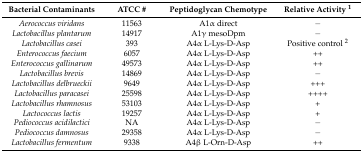
<table><thead><tr><td><b>Bacterial Contaminants</b></td><td><b>ATCC #</b></td><td><b>Peptidoglycan Chemotype</b></td><td><b>Relative Activity <sup>1</sup></b></td></tr></thead><tbody><tr><td><i>Aerococcus viridans</i></td><td>11563</td><td>A1α direct</td><td>−</td></tr><tr><td><i>Lactobacillus plantarum</i></td><td>14917</td><td>A1γ mesoDpm</td><td>−</td></tr><tr><td><i>Lactobacillus casei</i></td><td>393</td><td>A4α L-Lys-D-Asp</td><td>Positive control <sup>2</sup></td></tr><tr><td><i>Enterococcus faecium</i></td><td>6057</td><td>A4α L-Lys-D-Asp</td><td>++</td></tr><tr><td><i>Enterococcus gallinarum</i></td><td>49573</td><td>A4α L-Lys-D-Asp</td><td>++</td></tr><tr><td><i>Lactobacillus brevis</i></td><td>14869</td><td>A4α L-Lys-D-Asp</td><td>−</td></tr><tr><td><i>Lactobacillus delbrueckii</i></td><td>9649</td><td>A4α L-Lys-D-Asp</td><td>+++</td></tr><tr><td><i>Lactobacillus paracasei</i></td><td>25598</td><td>A4α L-Lys-D-Asp</td><td>++++</td></tr><tr><td><i>Lactobacillus rhamnosus</i></td><td>53103</td><td>A4α L-Lys-D-Asp</td><td>+</td></tr><tr><td><i>Lactococcus lactis</i></td><td>19257</td><td>A4α L-Lys-D-Asp</td><td>+</td></tr><tr><td><i>Pediococcus acidilactici</i></td><td>NA</td><td>A4α L-Lys-D-Asp</td><td>−</td></tr><tr><td><i>Pediococcus damnosus</i></td><td>29358</td><td>A4α L-Lys-D-Asp</td><td>−</td></tr><tr><td><i>Lactobacillus fermentum</i></td><td>9338</td><td>A4β L-Orn-D-Asp</td><td>++</td></tr></tbody></table>